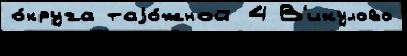
о́круга таjо́жной 4 В'икулово